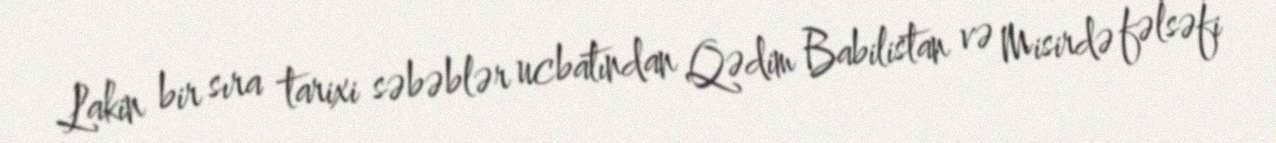
Lakin bir sıra tarixi səbəblər ucbatından Qədim Babilistan və Misirdə fəlsəfi